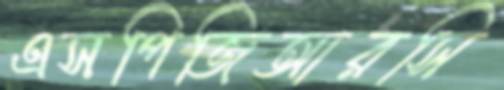
এসপিজিআরসি